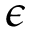
\epsilon